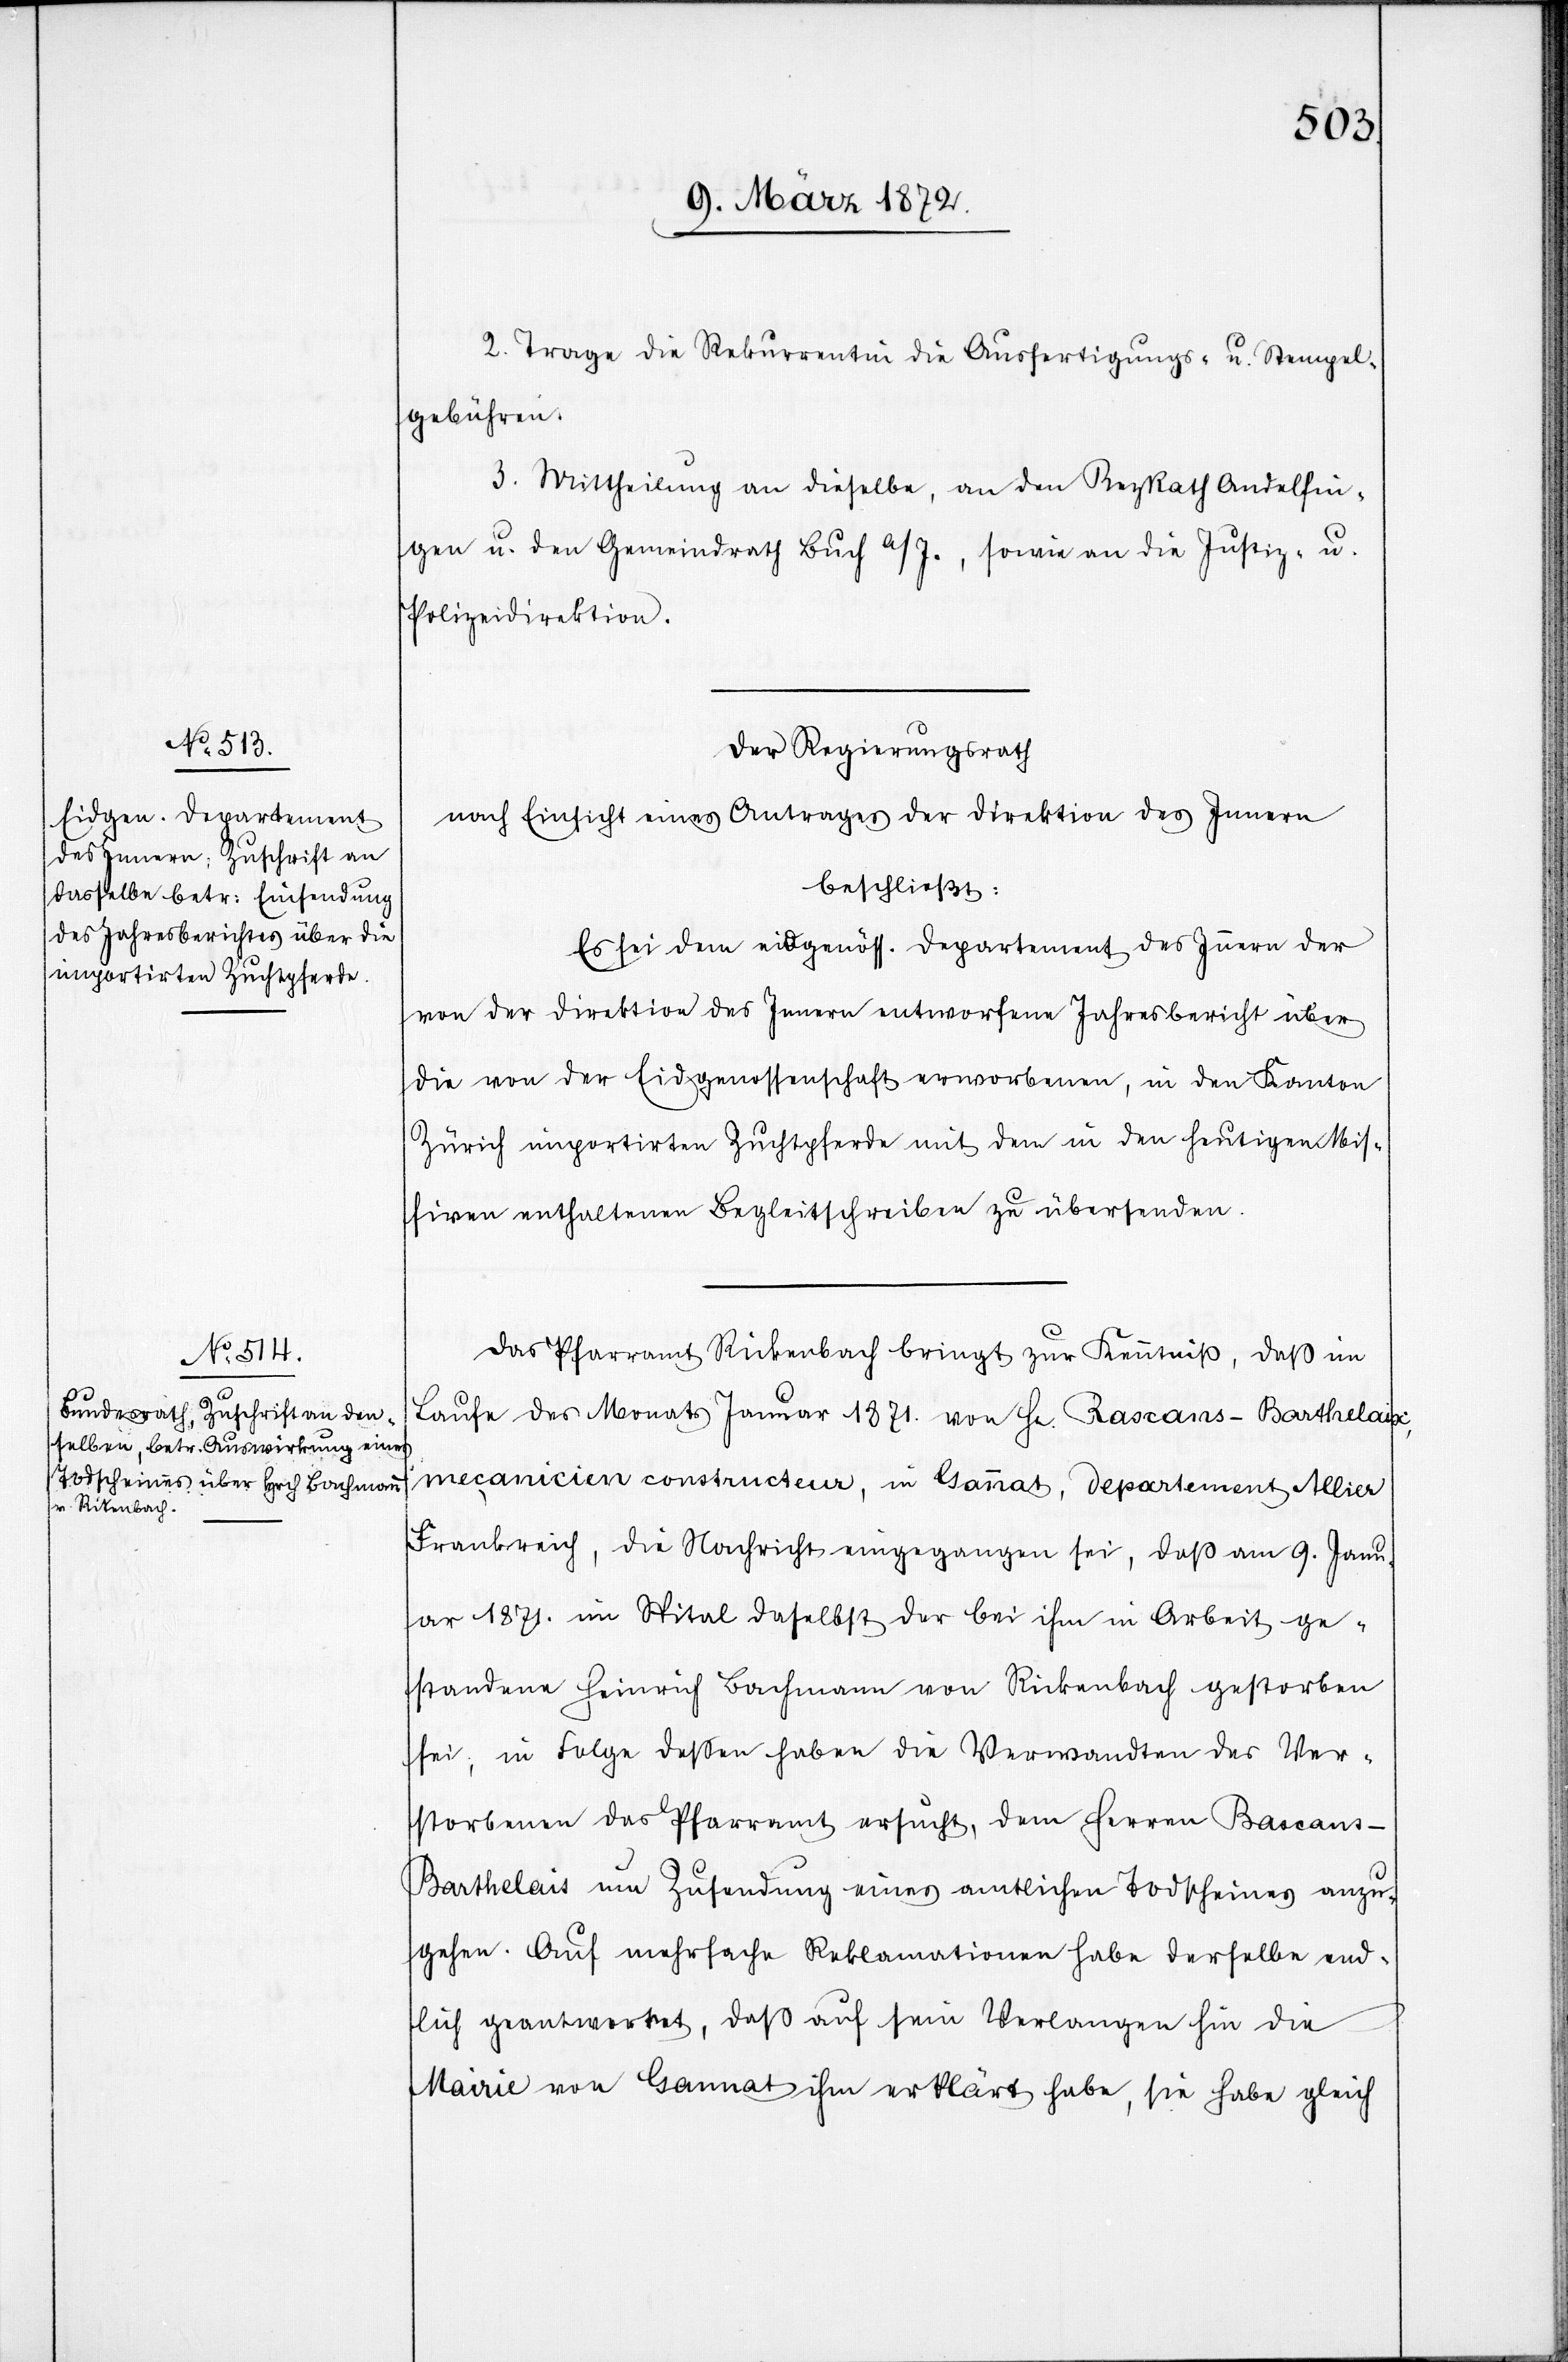
2. Trage die Rekurrentin die Ausfertigungs- u. Stempel¬
gebühren.
3. Mittheilung an dieselbe, an den BezRath Andelfin¬
gen u. den Gemeindrath Buch a/I., sowie an die Justiz- u.
Polizeidirektion.
Der Regierungsrath
nach Einsicht eines Antrages der Direktion des Innern
beschließt:
Es sei dem eidgenöss. Departement des Innern der
von der Direktion des Innern entworfene Jahresbericht über
die von der Eidgenossenschaft erworbenen, in den Kanton
Zürich importirten Zuchtpferde mit dem in den heutigen Mis¬
siven enthaltenen Begleitschreiben zu übersenden.
Das Pfarramt Rickenbach bringt zur Kenntniß, daß im
Laufe des Monats Januar 1871. von Hr. Rascans-Barthelaix,
mecanicien constructeur, in Gannat, Departement Allier
Frankreich, die Nachricht eingegangen sei, daß am 9. Janu¬
ar 1871. im Spital daselbst der bei ihm in Arbeit ge¬
standene Heinrich Bachmann von Rickenbach gestorben
sei, in Folge dessen haben die Verwandten des Ver¬
storbenen das Pfarramt ersucht, dem Herren Bascans-B¬
arthelais [sic!] nun Zusendung eines amtlichen Todscheines anzu¬
gehen. Auf mehrfache Reklamationen habe derselbe end¬
lich geantwortet, daß auf sein Verlangen hin die
Mairie von Gannat ihm erklärt habe, sie habe gleich